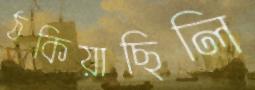
ঠকিয়াছিলি